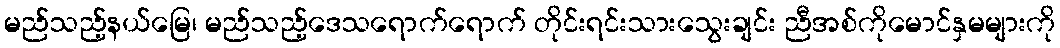
မည်သည့်နယ်မြေ၊ မည်သည့်ဒေသရောက်ရောက် တိုင်းရင်းသားသွေးချင်း ညီအစ်ကိုမောင်နှမများကို